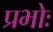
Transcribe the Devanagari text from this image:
प्रभोः